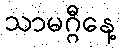
သာမဂ္ဂီနေ့